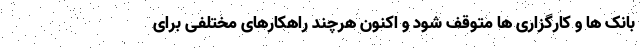
بانک ها و کارگزاری ها متوقف شود و اکنون هرچند راهکارهای مختلفی برای